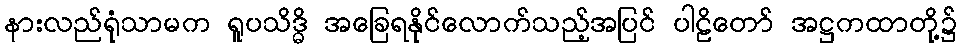
နားလည်ရုံသာမက ရူပသိဒ္ဓိ အခြေရနိုင်လောက်သည့်အပြင် ပါဠိတော် အဋ္ဌကထာတို့၌